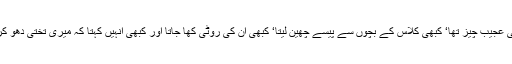
انتہائی عجیب چیز تھا‘ کبھی کلاس کے بچوں سے پیسے چھین لیتا‘ کبھی ان کی روٹی کھا جاتا اور کبھی اُنہیں کہتا کہ میری تختی دھو کر لاؤ۔